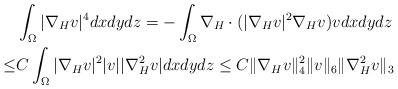
LaTeX: \begin{align*}&\int_\Omega|\nabla_Hv|^4dxdydz=-\int_\Omega\nabla_H\cdot(|\nabla_Hv|^2\nabla_Hv)vdxdydz\\\leq& C\int_\Omega|\nabla_Hv|^2|v||\nabla^2_Hv|dxdydz\leq C\|\nabla_Hv\|_4^2\|v\|_6\|\nabla_H^2v\|_3\end{align*}